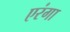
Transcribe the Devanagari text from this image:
एरंगा